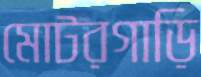
মোটরগাড়ি